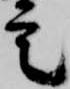
定